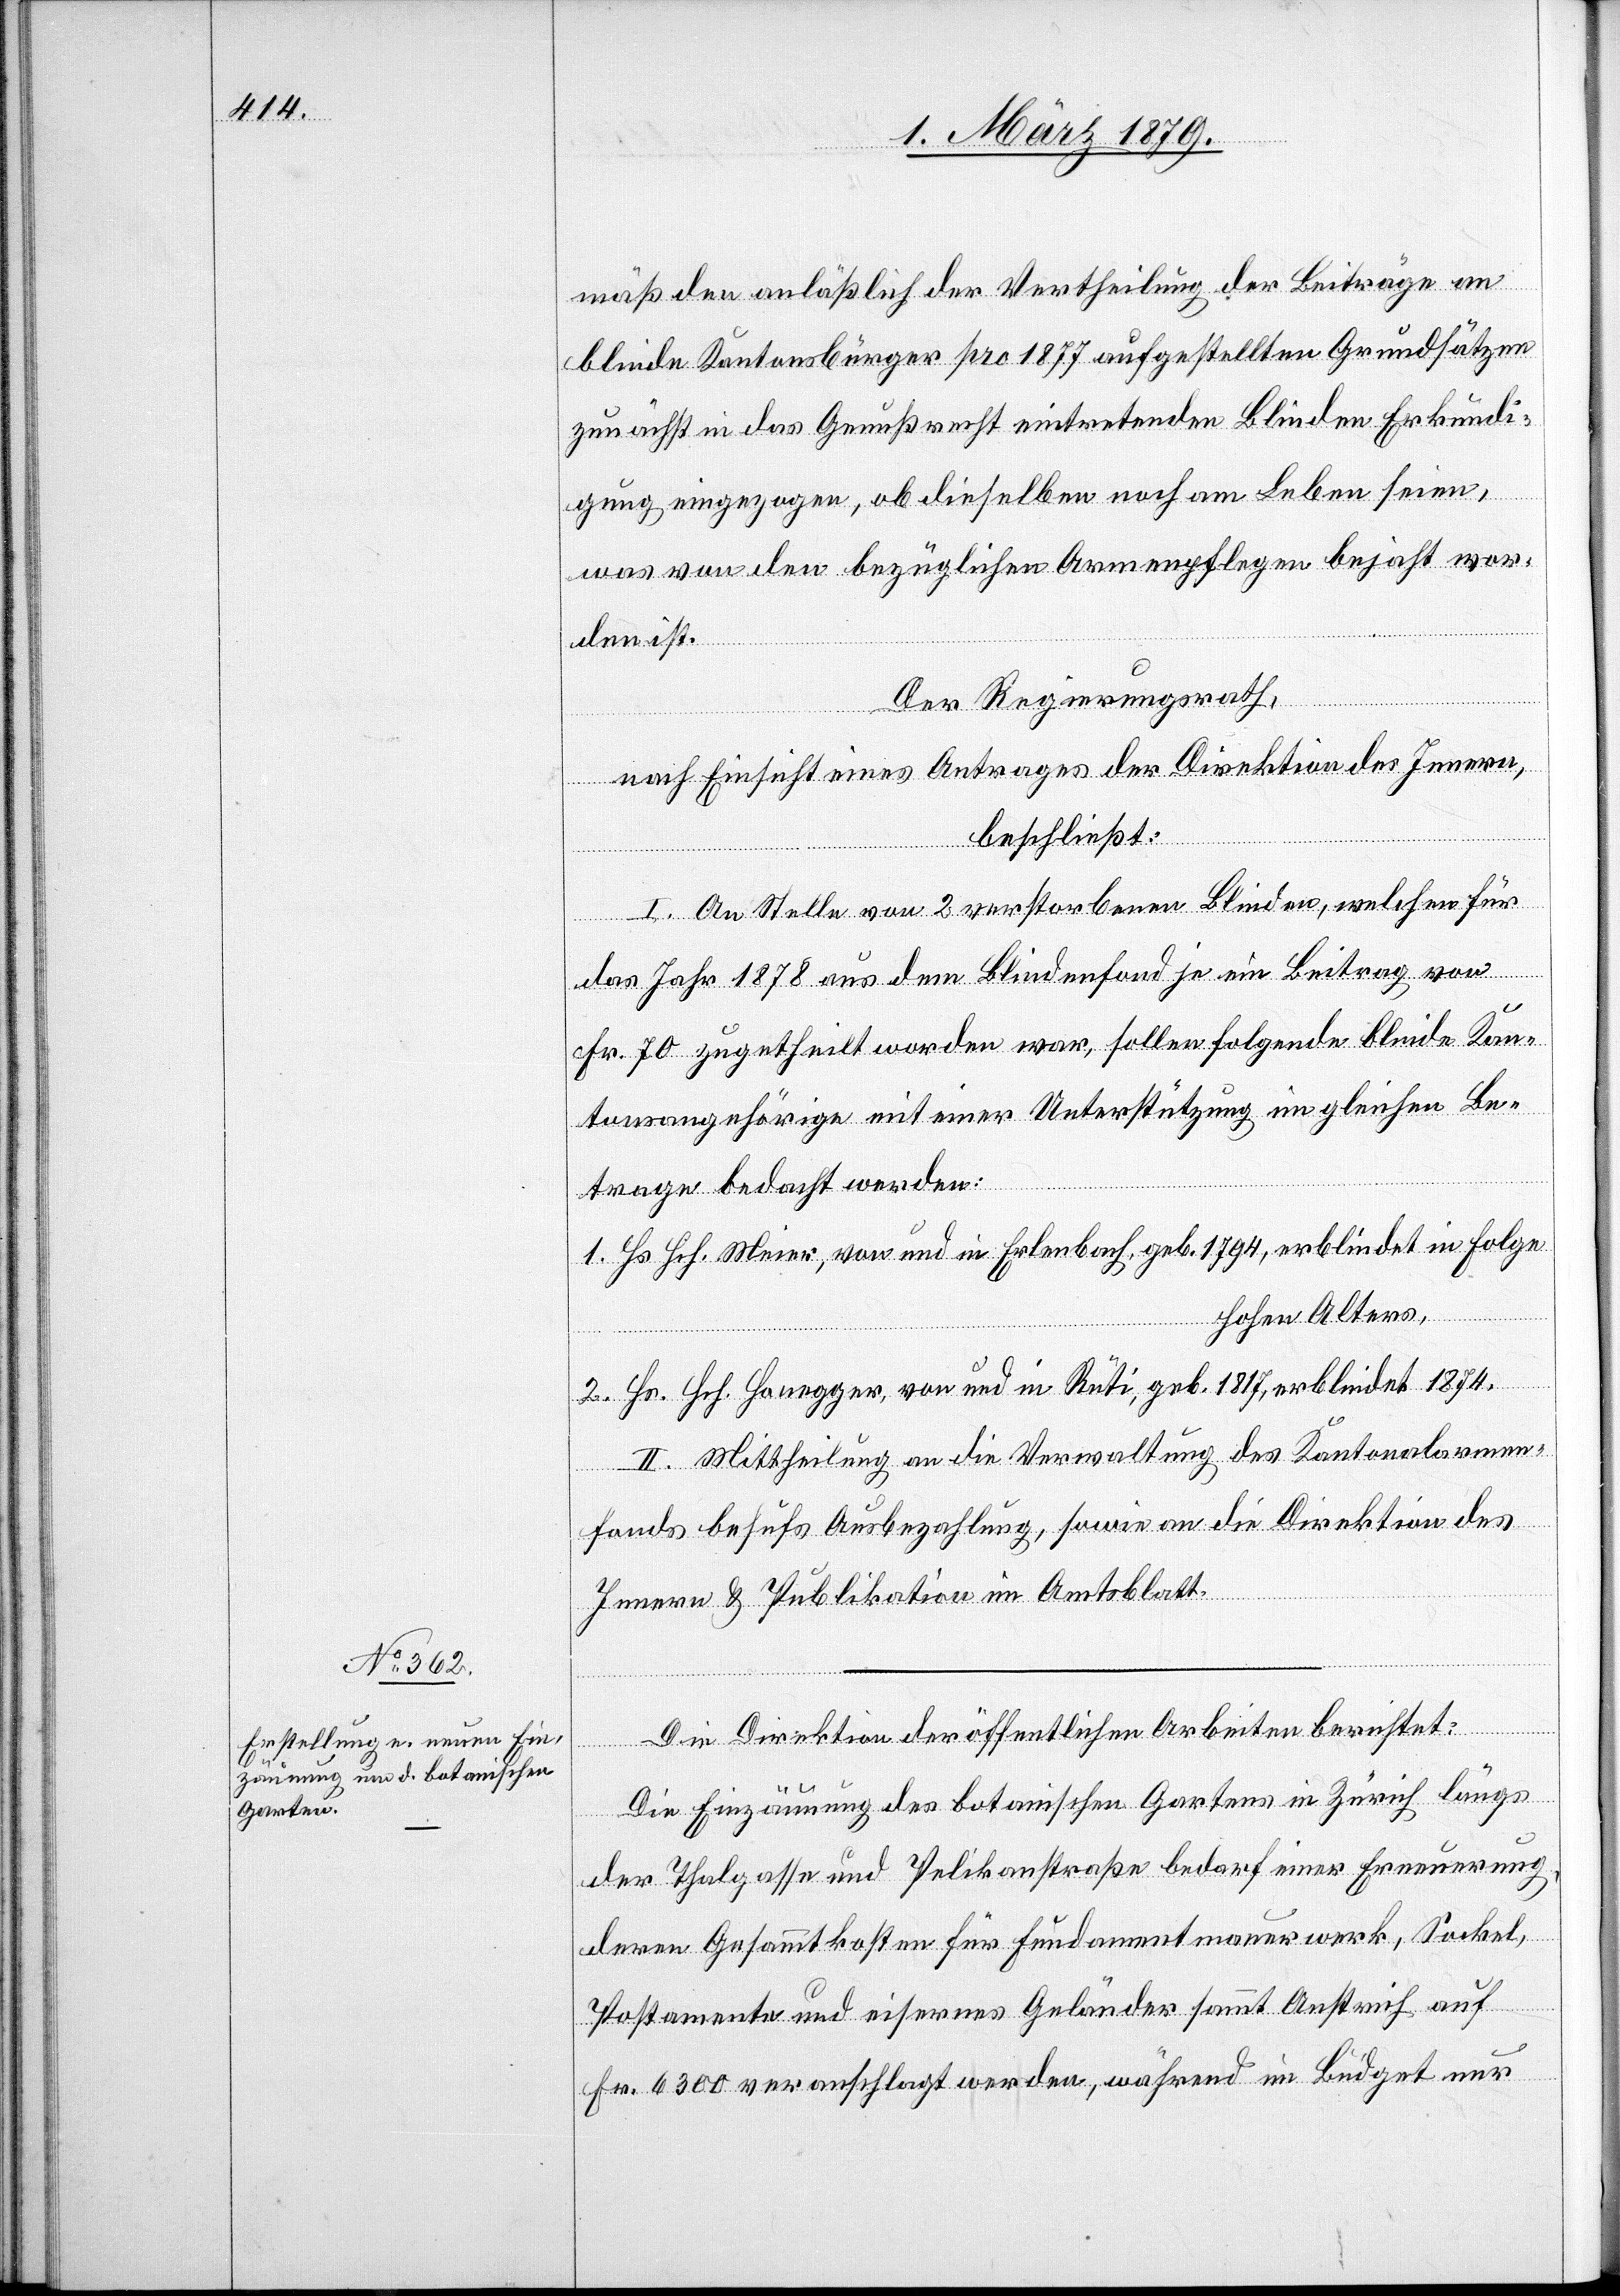
mäß den anläßlich der Vertheilung der Beiträge an
blinde Kantonsbürger pro 1877 aufgestellten Grundsätzen
zunächst in das Genußrecht eintretenden Blinden Erkundi¬
gungen eingezogen, ob dieselben noch am Leben seien,
was von den bezüglichen Armenpflegen bejaht wor¬
den ist.
Der Regierungsrath,
nach Einsicht eines Antrages der Direktion des Innern,
beschließt:
I. An Stelle von 2 verstorbenen Blinden, welchen für
das Jahr 1878 aus dem Blindenfond je ein Beitrag von
Fr. 70 zugetheilt worden war, sollen folgende blinde Kan¬
tonsangehörige mit einer Unterstützung im gleichen Be¬
trage bedacht werden:
1. Hs. Hch. Meier, von und in Erlenbach, geb. 1794, erblindet in Folge
hohen Alters,
2. Hs. Hch. Honegger, von und in Rüti, geb. 1817, erblindet 1874.
II. Mittheilung an die Verwaltung des Kantonalarmen¬
fonds behufs Ausbezahlung, sowie an die Direktion des
Innern & Publikation im Amtsblatt.
Die Direktion der öffentlichen Arbeiten berichtet:
Die Einzäunung des botanischen Gartens in Zürich längs
der Thalgasse und Pelikanstraße bedarf einer Erneuerung,
deren Gesammtkosten für Fundamentmauerwerk, Sockel,
Postamente und eisernes Geländer sammt Anstrich auf
Fr. 6300 veranschlagt werden, während im Büdget nur